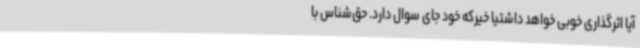
آیا اثرگذاری خوبی خواهد داشتیا خیرکه خود جای سوال دارد. حق‌شناس با